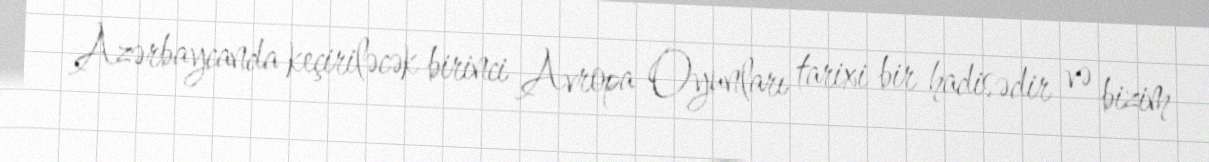
Azərbaycanda keçiriləcək birinci Avropa Oyunları tarixi bir hadisədir və bizim